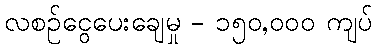
လစဉ်ငွေပေးချေမှု - ၁၅၀,၀၀၀ ကျပ်